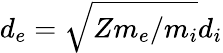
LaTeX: d_{e}=\sqrt{Zm_{e}/m_{i}}d_{i}